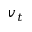
v _ { t }